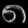
Digit: ၈